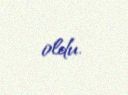
oldu.